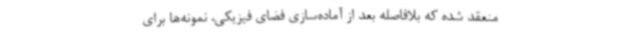
منعقد شده که بلافاصله بعد از آماده‌سازی فضای فیزیکی، نمونه‌ها برای